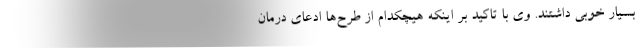
بسیار خوبی داشتند. وی با تاکید بر اینکه هیچکدام از طرح‌ها ادعای درمان